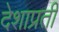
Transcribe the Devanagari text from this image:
देशाप्रती